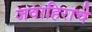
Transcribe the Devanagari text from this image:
जवाहिराचे